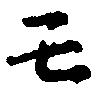
壬